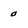
Character: 0